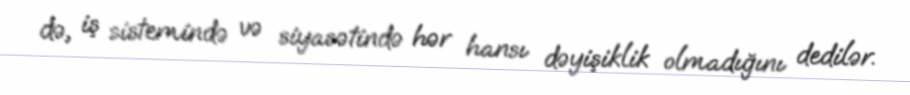
də, iş sistemində və siyasətində hər hansı dəyişiklik olmadığını dedilər.